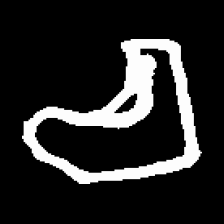
Pyu character \u2014 Myanmar letter: စ (romanized: ca)